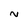
Character: N